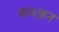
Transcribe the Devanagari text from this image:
शवदहन